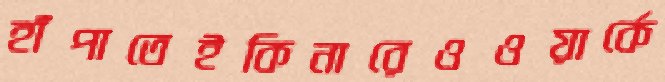
হাঁপাতেইকিনারেওওয়ার্কে